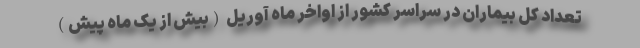
تعداد کل بیماران در سراسر کشور از اواخر ماه آوریل (بیش از یک ماه پیش)